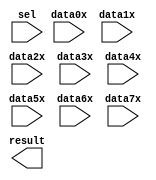
// megafunction wizard: %LPM_MUX%VBB%
// GENERATION: STANDARD
// VERSION: WM1.0
// MODULE: LPM_MUX 

// ============================================================
// Megafunction Name(s):
// 			LPM_MUX
//
// Simulation Library Files(s):
// 			lpm
// ============================================================
// ************************************************************
// THIS IS A WIZARD-GENERATED FILE. DO NOT EDIT THIS FILE!
//
// 13.1.0 Build 162 10/23/2013 SJ Web Edition
// ************************************************************

//Copyright (C) 1991-2013 Altera Corporation
//Your use of Altera Corporation's design tools, logic functions 
//and other software and tools, and its AMPP partner logic 
//functions, and any output files from any of the foregoing 
//(including device programming or simulation files), and any 
//associated documentation or information are expressly subject 
//to the terms and conditions of the Altera Program License 
//Subscription Agreement, Altera MegaCore Function License 
//Agreement, or other applicable license agreement, including, 
//without limitation, that your use is for the sole purpose of 
//programming logic devices manufactured by Altera and sold by 
//Altera or its authorized distributors.  Please refer to the 
//applicable agreement for further details.

module lpm_mux4 (
	data0x,
	data1x,
	data2x,
	data3x,
	data4x,
	data5x,
	data6x,
	data7x,
	sel,
	result);

	input	[7:0]  data0x;
	input	[7:0]  data1x;
	input	[7:0]  data2x;
	input	[7:0]  data3x;
	input	[7:0]  data4x;
	input	[7:0]  data5x;
	input	[7:0]  data6x;
	input	[7:0]  data7x;
	input	[2:0]  sel;
	output	[7:0]  result;

endmodule

// ============================================================
// CNX file retrieval info
// ============================================================
// Retrieval info: PRIVATE: INTENDED_DEVICE_FAMILY STRING "MAX V"
// Retrieval info: PRIVATE: SYNTH_WRAPPER_GEN_POSTFIX STRING "0"
// Retrieval info: PRIVATE: new_diagram STRING "1"
// Retrieval info: LIBRARY: lpm lpm.lpm_components.all
// Retrieval info: CONSTANT: LPM_SIZE NUMERIC "8"
// Retrieval info: CONSTANT: LPM_TYPE STRING "LPM_MUX"
// Retrieval info: CONSTANT: LPM_WIDTH NUMERIC "8"
// Retrieval info: CONSTANT: LPM_WIDTHS NUMERIC "3"
// Retrieval info: USED_PORT: data0x 0 0 8 0 INPUT NODEFVAL "data0x[7..0]"
// Retrieval info: USED_PORT: data1x 0 0 8 0 INPUT NODEFVAL "data1x[7..0]"
// Retrieval info: USED_PORT: data2x 0 0 8 0 INPUT NODEFVAL "data2x[7..0]"
// Retrieval info: USED_PORT: data3x 0 0 8 0 INPUT NODEFVAL "data3x[7..0]"
// Retrieval info: USED_PORT: data4x 0 0 8 0 INPUT NODEFVAL "data4x[7..0]"
// Retrieval info: USED_PORT: data5x 0 0 8 0 INPUT NODEFVAL "data5x[7..0]"
// Retrieval info: USED_PORT: data6x 0 0 8 0 INPUT NODEFVAL "data6x[7..0]"
// Retrieval info: USED_PORT: data7x 0 0 8 0 INPUT NODEFVAL "data7x[7..0]"
// Retrieval info: USED_PORT: result 0 0 8 0 OUTPUT NODEFVAL "result[7..0]"
// Retrieval info: USED_PORT: sel 0 0 3 0 INPUT NODEFVAL "sel[2..0]"
// Retrieval info: CONNECT: @data 0 0 8 0 data0x 0 0 8 0
// Retrieval info: CONNECT: @data 0 0 8 8 data1x 0 0 8 0
// Retrieval info: CONNECT: @data 0 0 8 16 data2x 0 0 8 0
// Retrieval info: CONNECT: @data 0 0 8 24 data3x 0 0 8 0
// Retrieval info: CONNECT: @data 0 0 8 32 data4x 0 0 8 0
// Retrieval info: CONNECT: @data 0 0 8 40 data5x 0 0 8 0
// Retrieval info: CONNECT: @data 0 0 8 48 data6x 0 0 8 0
// Retrieval info: CONNECT: @data 0 0 8 56 data7x 0 0 8 0
// Retrieval info: CONNECT: @sel 0 0 3 0 sel 0 0 3 0
// Retrieval info: CONNECT: result 0 0 8 0 @result 0 0 8 0
// Retrieval info: GEN_FILE: TYPE_NORMAL lpm_mux4.v TRUE
// Retrieval info: GEN_FILE: TYPE_NORMAL lpm_mux4.inc FALSE
// Retrieval info: GEN_FILE: TYPE_NORMAL lpm_mux4.cmp FALSE
// Retrieval info: GEN_FILE: TYPE_NORMAL lpm_mux4.bsf TRUE FALSE
// Retrieval info: GEN_FILE: TYPE_NORMAL lpm_mux4_inst.v FALSE
// Retrieval info: GEN_FILE: TYPE_NORMAL lpm_mux4_bb.v TRUE
// Retrieval info: LIB_FILE: lpm